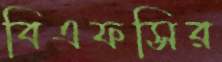
বিএফসির